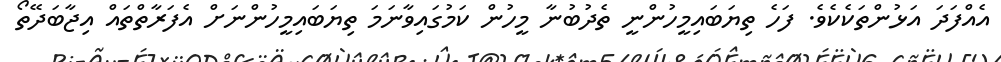
އެއްފަދަ އަޅުންތަކެކެވެ. ފަހެ ތިޔަބައިމީހުންނީ ތެދުބުނާ މީހުން ކަމުގައިވާނަމަ ތިޔަބައިމީހުންނަށް އެފަރާތްތައް އިޖާބަދޭތޯ